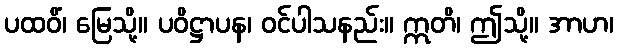
ပထဝိံ၊ မြေသို့။ ပဝိဋ္ဌာပန၊ ဝင်ပါသနည်း။ ဣတိ၊ ဤသို့။ အာဟ၊